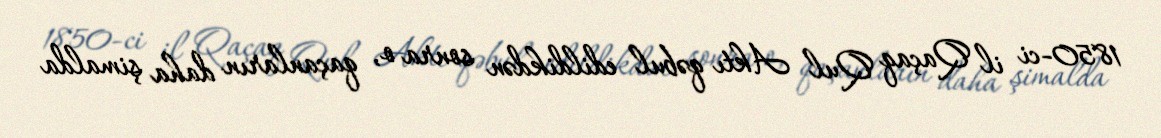
1850-ci il Qaçaq Qul Aktı qəbul edildikdən sonra o, qaçanların daha şimalda